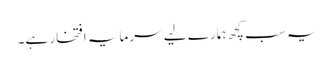
یہ سب کچھ ہمارے لیے سرمایہ افتخار ہے۔